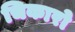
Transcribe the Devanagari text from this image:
चिकारो